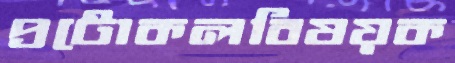
প্রটোকলবিষয়ক